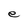
Character: e